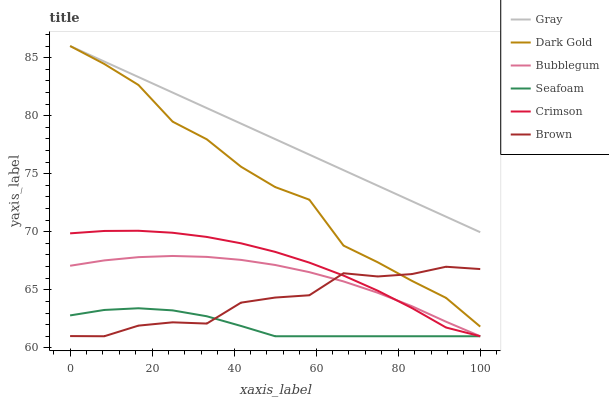
| xaxis_label | Gray | Dark Gold | Bubblegum | Seafoam | Crimson | Brown |
 | --- | --- | --- | --- | --- | --- | --- |
 | 0 | 86 | 86 | 67.1 | 62.8 | 69.9 | 61 |
 | 8.33 | 84.7 | 84.5 | 67.5 | 63.3 | 70.1 | 61 |
 | 16.7 | 83.3 | 82.6 | 67.8 | 63.4 | 70.1 | 61.9 |
 | 25 | 82 | 79.5 | 67.9 | 63.2 | 69.9 | 62.2 |
 | 33.3 | 80.7 | 78 | 67.8 | 62.7 | 69.6 | 62.1 |
 | 41.7 | 79.3 | 75.6 | 67.6 | 61.9 | 69 | 63.9 |
 | 50 | 78 | 73.9 | 67.1 | 61 | 68.3 | 64.3 |
 | 58.3 | 76.6 | 72.8 | 66.5 | 61 | 67.3 | 64.5 |
 | 66.7 | 75.3 | 68.8 | 65.7 | 61 | 66.2 | 66.4 |
 | 75 | 74 | 67.4 | 64.7 | 61 | 64.9 | 66.1 |
 | 83.3 | 72.6 | 65.8 | 63.6 | 61 | 63.4 | 66.4 |
 | 91.7 | 71.3 | 64.3 | 62.3 | 61 | 61.8 | 67 |
 | 100 | 70 | 61.8 | 61 | 61 | 61 | 66.8 |